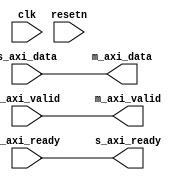
module axi_register_slice (
	input clk,
	input resetn,

	input s_axi_valid,
	output s_axi_ready,
	input [DATA_WIDTH-1:0] s_axi_data,

	output m_axi_valid,
	input m_axi_ready,
	output [DATA_WIDTH-1:0] m_axi_data
);

parameter DATA_WIDTH = 32;

parameter FORWARD_REGISTERED = 0;
parameter BACKWARD_REGISTERED = 0;

/*
 s_axi_data  -> bwd_data     -> fwd_data(1)  -> m_axi_data
 s_axi_valid -> bwd_valid    -> fwd_valid(1) -> m_axi_valid
 s_axi_ready <- bwd_ready(2) <- fwd_ready <- m_axi_ready

 (1) FORWARD_REGISTERED inserts a set of FF before m_axi_data and m_axi_valid
 (2) BACKWARD_REGISTERED insters a FF before s_axi_ready
*/

wire [DATA_WIDTH-1:0] bwd_data_s;
wire bwd_valid_s;
wire bwd_ready_s;
wire [DATA_WIDTH-1:0] fwd_data_s;
wire fwd_valid_s;
wire fwd_ready_s;

generate if (FORWARD_REGISTERED == 1) begin

reg fwd_valid;
reg [DATA_WIDTH-1:0] fwd_data;

assign fwd_ready_s = ~fwd_valid | m_axi_ready;
assign fwd_valid_s = fwd_valid;
assign fwd_data_s = fwd_data;

always @(posedge clk) begin
	if (resetn == 1'b0) begin
		fwd_valid <= 1'b0;
	end else begin 
		if (~fwd_valid | m_axi_ready)
			fwd_data <= bwd_data_s;
		if (bwd_valid_s)
			fwd_valid <= 1'b1;
		else if (m_axi_ready)
			fwd_valid <= 1'b0;
	end
end

end else begin
assign fwd_data_s = bwd_data_s;
assign fwd_valid_s = bwd_valid_s;
assign fwd_ready_s = m_axi_ready;
end
endgenerate

generate if (BACKWARD_REGISTERED == 1) begin

reg bwd_ready;
reg [DATA_WIDTH-1:0] bwd_data;

assign bwd_valid_s = ~bwd_ready | s_axi_valid;
assign bwd_data_s = bwd_ready ? s_axi_data : bwd_data;
assign bwd_ready_s = bwd_ready;

always @(posedge clk) begin
	if (resetn == 1'b0) begin
		bwd_ready <= 1'b1;
	end else begin
		if (bwd_ready)
			bwd_data <= s_axi_data;
		if (fwd_ready_s)
			bwd_ready <= 1'b1;
		else if (s_axi_valid)
			bwd_ready <= 1'b0;
	end
end

end else begin
assign bwd_valid_s = s_axi_valid;
assign bwd_data_s = s_axi_data;
assign bwd_ready_s = fwd_ready_s;
end endgenerate

assign m_axi_data = fwd_data_s;
assign m_axi_valid = fwd_valid_s;
assign s_axi_ready = bwd_ready_s;

endmodule